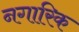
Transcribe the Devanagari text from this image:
नगारिक